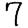
Digit: 7